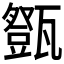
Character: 𤮘